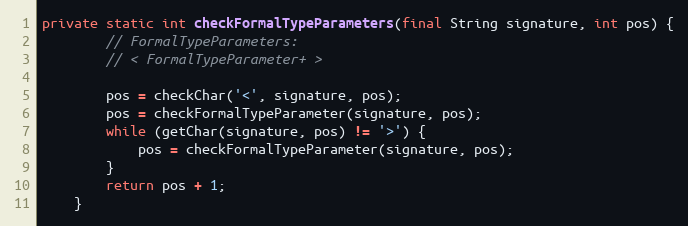
Language: Java
private static int checkFormalTypeParameters(final String signature, int pos) {
        // FormalTypeParameters:
        // < FormalTypeParameter+ >

        pos = checkChar('<', signature, pos);
        pos = checkFormalTypeParameter(signature, pos);
        while (getChar(signature, pos) != '>') {
            pos = checkFormalTypeParameter(signature, pos);
        }
        return pos + 1;
    }